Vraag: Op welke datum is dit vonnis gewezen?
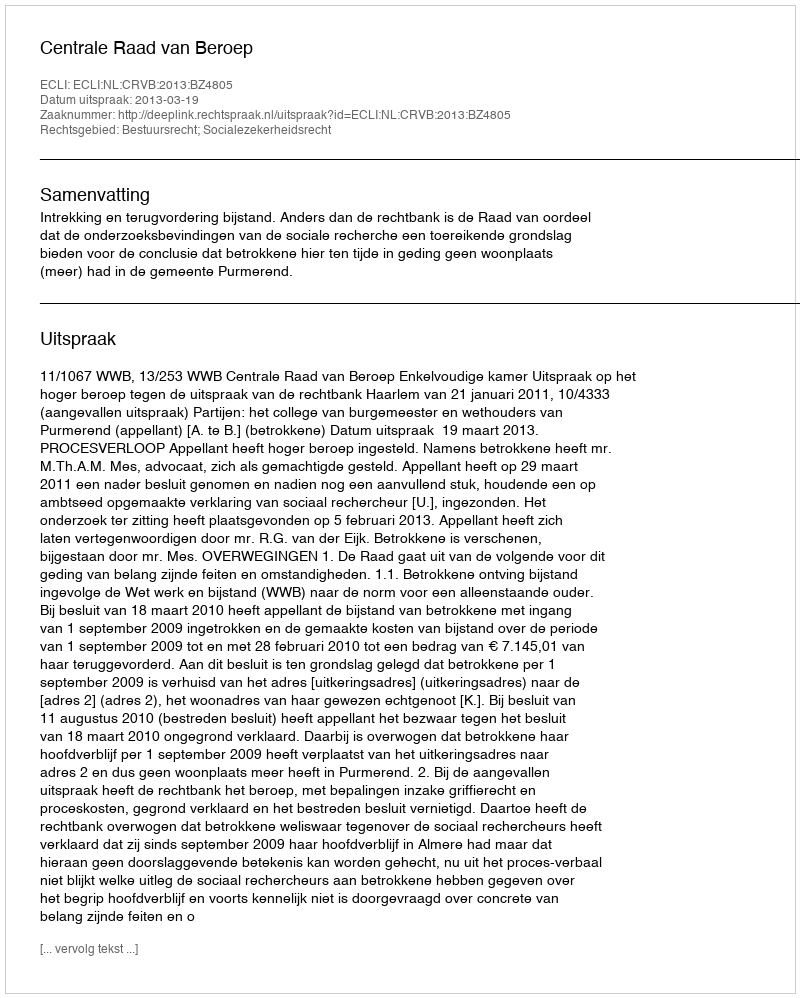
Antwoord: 2013-03-19